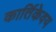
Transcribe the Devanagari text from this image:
कार्तिकेवय